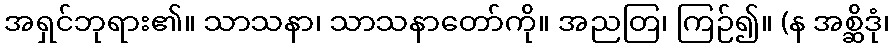
အရှင်ဘုရား၏။ သာသနာ၊ သာသနာတော်ကို။ အညတြ၊ ကြဉ်၍။ (န အစ္ဆိဒုံ၊